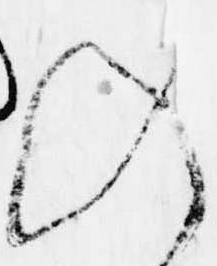
入